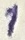
Text: 1